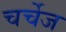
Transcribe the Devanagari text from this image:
चर्चेज